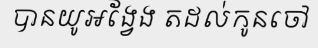
បានយូអង្វែង តដល់កូនចៅ